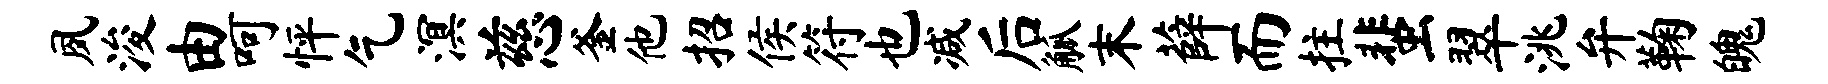
夙浚由呵怦乞溟慈釜他招侯符也减后觚末薛而拄蜚翠洮弁鞠魄